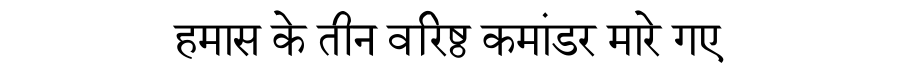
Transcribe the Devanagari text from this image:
हमास के तीन वरिष्ठ कमांडर मारे गए